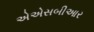
એએસબીઆર